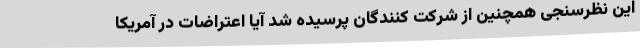
این نظرسنجی همچنین از شرکت کنندگان پرسیده شد آیا اعتراضات در آمریکا